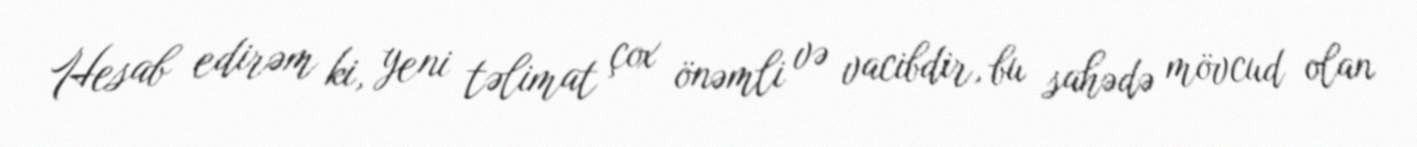
Hesab edirəm ki, yeni təlimat çox önəmli və vacibdir, bu sahədə mövcud olan